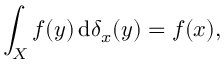
\int _ { X } f ( y ) \, \mathrm { d } \delta _ { x } ( y ) = f ( x ) ,